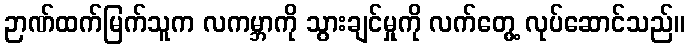
ဉာဏ်ထက်မြက်သူက လကမ္ဘာကို သွားချင်မှုကို လက်တွေ့ လုပ်ဆောင်သည်။